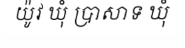
យ៉ូវ ឃុំ ប្រាសាទ ឃុំ